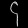
Digit: ၄